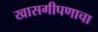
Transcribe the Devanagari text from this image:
खासगीपणाचा